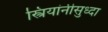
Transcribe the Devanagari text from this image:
स्त्रियांनीसुध्दा